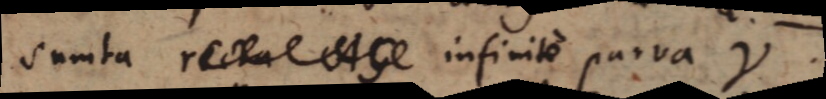
Sumta recta infinite parva γ.